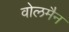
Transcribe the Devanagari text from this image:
वोलमैन